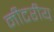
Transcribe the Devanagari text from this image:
मीटरीय